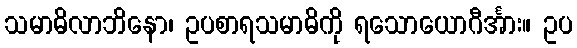
သမာဓိလာဘိနော၊ ဥပစာရသမာဓိကို ရသောယောဂီင်္အား။ ဥပ